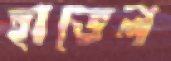
হাভেল